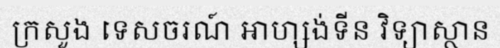
ក្រសួង ទេសចរណ៍ អាហ្សង់ទីន វិទ្យាស្ថាន